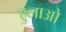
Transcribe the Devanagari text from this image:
हुलाओ